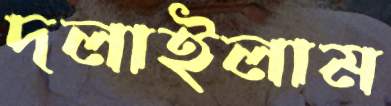
দলাইলাম